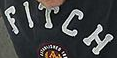
FITCH